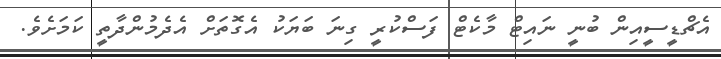
އެޗްޑީސީއިން ބުނީ ނައިޓް މާކެޓް ފަސްކުރީ ގިނަ ބަޔަކު އެގޮތަށް އެދެމުންދާތީ ކަމަށެވެ.